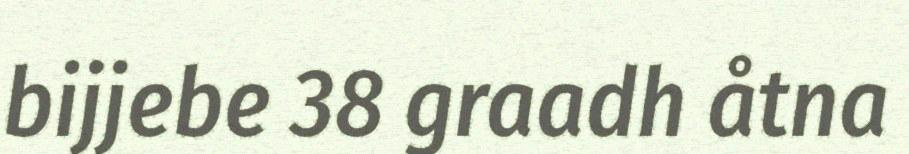
bijjebe 38 graadh åtna